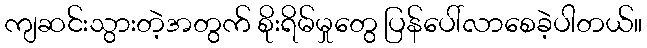
ကျဆင်းသွားတဲ့အတွက် စိုးရိမ်မှုတွေ ပြန်ပေါ်လာစေခဲ့ပါတယ်။